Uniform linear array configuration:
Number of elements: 12
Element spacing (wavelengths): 1
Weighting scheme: binomial
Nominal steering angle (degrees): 60
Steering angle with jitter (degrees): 60.265
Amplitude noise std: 0.05
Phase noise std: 0.05

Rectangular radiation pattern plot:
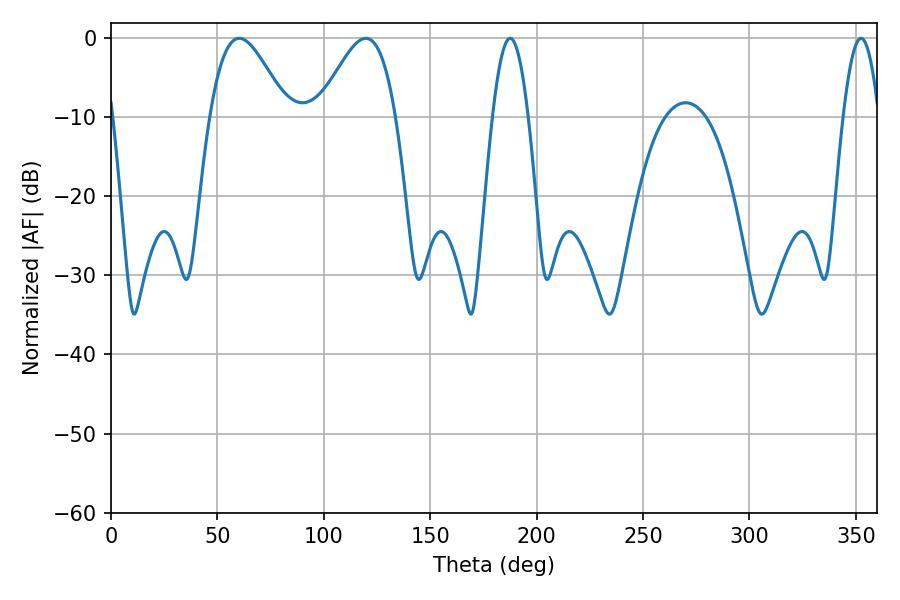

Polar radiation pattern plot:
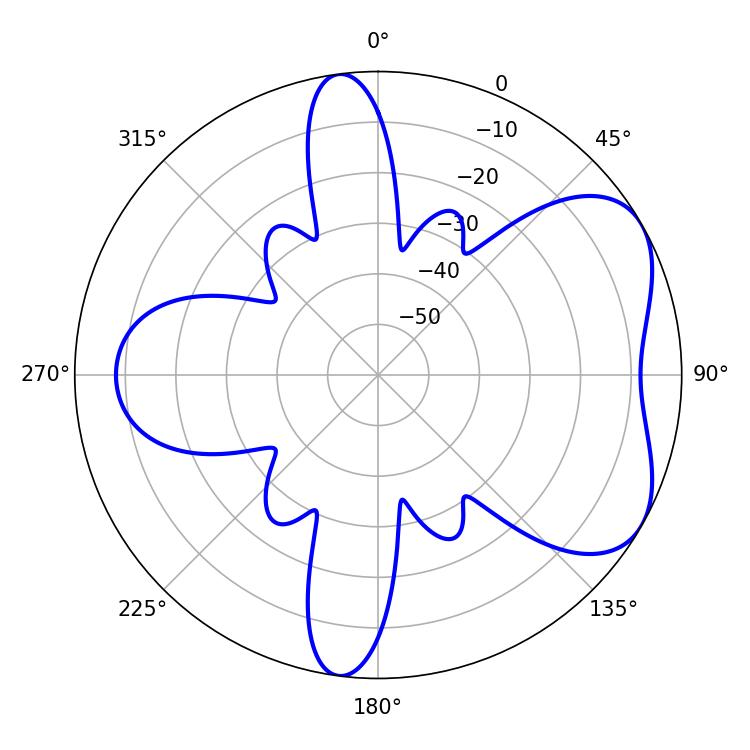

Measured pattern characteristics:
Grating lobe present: TRUE
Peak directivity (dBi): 5.437
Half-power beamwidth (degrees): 9
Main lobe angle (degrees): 187.56